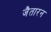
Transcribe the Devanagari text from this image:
जैतारन